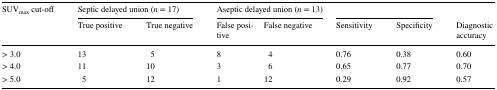
<table><thead><tr><td rowspan="2"><b>SUV<sub>max</sub> cut-off</b></td><td colspan="2"><b>Septic delayed union (<i>n</i> = 17)</b></td><td colspan="2"><b>Aseptic delayed union (<i>n</i> = 13)</b></td><td colspan="2"></td><td></td></tr><tr><td><b>True positive</b></td><td><b>True negative</b></td><td><b>False positive</b></td><td><b>False negative</b></td><td><b>Sensitivity</b></td><td><b>Specificity</b></td><td><b>Diagnostic accuracy</b></td></tr></thead><tbody><tr><td>&gt; 3.0</td><td>13</td><td>5</td><td>8</td><td>4</td><td>0.76</td><td>0.38</td><td>0.60</td></tr><tr><td>&gt; 4.0</td><td>11</td><td>10</td><td>3</td><td>6</td><td>0.65</td><td>0.77</td><td>0.70</td></tr><tr><td>&gt; 5.0</td><td>5</td><td>12</td><td>1</td><td>12</td><td>0.29</td><td>0.92</td><td>0.57</td></tr></tbody></table>